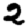
Digit: 2